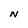
Character: N